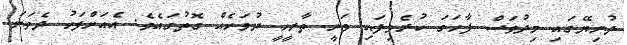
ދުނިޔޭގައި މިދުވަސް ފާހަގަ ކުރެވިފައި ވަނީ ތާރީހީ ދުވަހެއް ގޮތުގައެވެ. އެއަށްފަހު ދެވަނަ